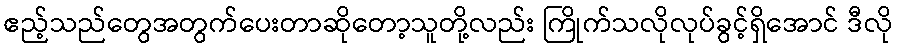
ဧည့်သည်တွေအတွက်ပေးတာဆိုတော့သူတို့လည်း ကြိုက်သလိုလုပ်ခွင့်ရှိအောင် ဒီလို